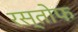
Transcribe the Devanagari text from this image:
रस्तोफ